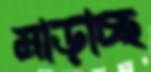
মাড়াচ্ছ